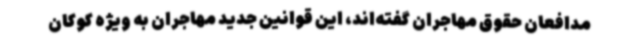
مدافعان حقوق مهاجران گفته‌اند، این قوانین جدید مهاجران به ویژه کوکان